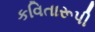
કવિતારૂપી